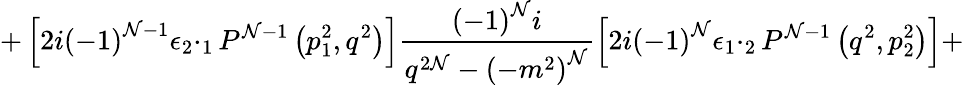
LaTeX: +\left[2i{\left(-1\right)}^{\mathcal{N}-1}{\epsilon}_{2}\cdotp_{1}P^{\mathcal{N}-1}\left(p_{1}^{2},q^{2}\right)\right]\frac{{{\left(-1\right)}^{\mathcal{N}}i}}{{q^{2\mathcal{N}}-{\left(-m^{2}\right)}^{\mathcal{N}}}}\left[2i{\left(-1\right)}^{\mathcal{N}}{\epsilon}_{1}\cdotp_{2}P^{\mathcal{N}-1}\left(q^{2},p_{2}^{2}\right)\right]+